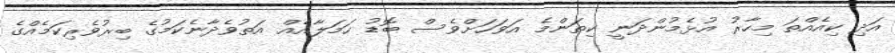
އަދި ކިއެއްތަ މިހާރު އުޅެމުންދަނީ ކިތަންމެ އަވަހަށްވެސް ބޮޑު ހަމަލާއެއް އަތުވެދާނެކަމުގެ ބިރުވެރިކަމެއްގެ